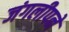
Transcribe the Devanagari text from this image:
जंगलीपने